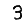
Digit: 3